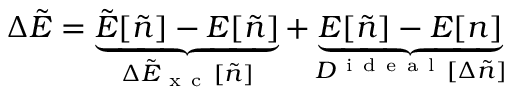
\Delta \tilde { E } = \underbrace { \tilde { E } [ \tilde { n } ] - E [ \tilde { n } ] } _ { \Delta \tilde { E } _ { \mathrm { ~ x ~ c ~ } } [ \tilde { n } ] } + \underbrace { E [ \tilde { n } ] - E [ n ] } _ { D ^ { \mathrm { ~ i ~ d ~ e ~ a ~ l ~ } } [ \Delta \tilde { n } ] }